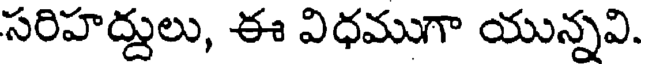
సరిహద్దులు, ఈ విధముగా యున్నవి.